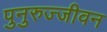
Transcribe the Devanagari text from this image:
पुनुरुज्जीवन